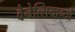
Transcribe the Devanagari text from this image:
वेनेत्सियान्यो